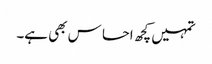
تمہیں کچھ احسا س بھی ہے۔